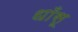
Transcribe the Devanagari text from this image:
धाँसू